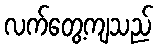
လက်တွေ့ကျသည်